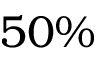
5 0 \%